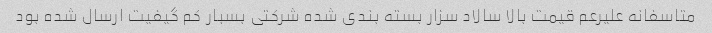
متاسفانه علیرعم قیمت بالا سالاد سزار بسته بندی شده شرکتی بسبار کم گیفیت ارسال شده بود